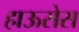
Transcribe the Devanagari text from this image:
हाऊसेस